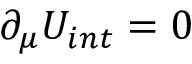
\partial _ { \mu } U _ { i n t } = 0